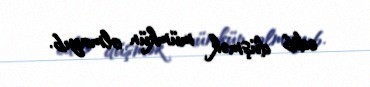
edib düşmək mümkün olmayıb.